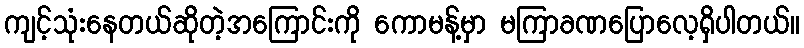
ကျင့်သုံးနေတယ်ဆိုတဲ့အကြောင်းကို ကောမန့်မှာ မကြာခဏပြောလေ့ရှိပါတယ်။